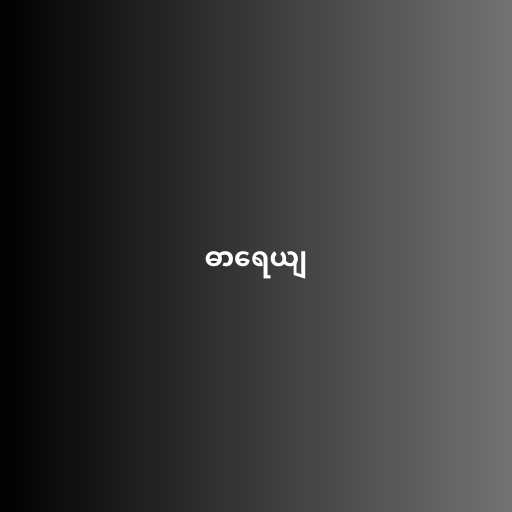
ဓာရေယျ